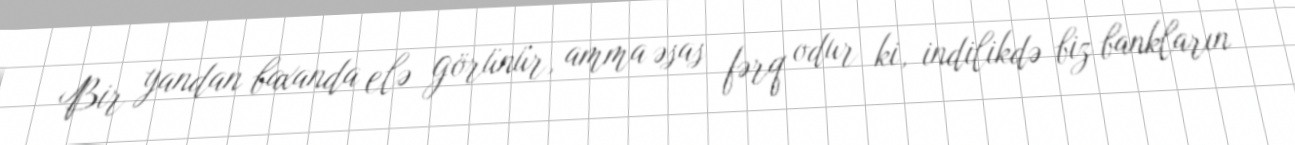
Bir yandan baxanda elə görünür, amma əsas fərq odur ki, indilikdə biz bankların